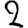
Digit: 2